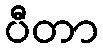
ပီတာ